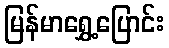
မြန်မာရွှေ့ပြောင်း